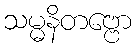
သမ္မနိတဗ္ဗော